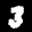
Label: 3